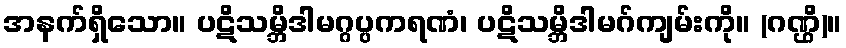
အနက်ရှိသော။ ပဋိသမ္ဘိဒါမဂ္ဂပ္ပကရဏံ၊ ပဋိသမ္ဘိဒါမဂ်ကျမ်းကို။ (ဂဏ္ဌိ)။